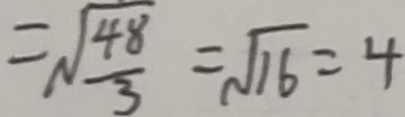
= \sqrt { \frac { 4 8 } { 3 } } = \sqrt { 1 6 } = 4